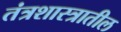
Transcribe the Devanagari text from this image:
तंत्रशास्त्रातील